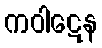
ကဝါဋေန